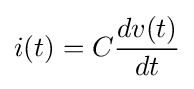
i(t)=C{\frac {dv(t)}{dt}}